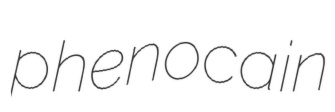
phenocain